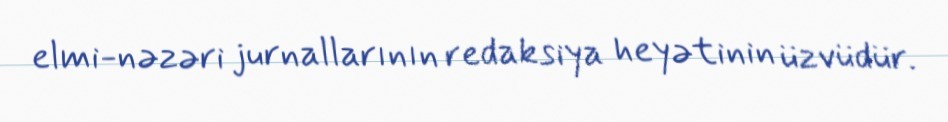
elmi-nəzəri jurnallarının redaksiya heyətinin üzvüdür.